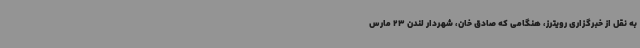
به نقل از خبرگزاری رویترز، هنگامی که صادق خان، شهردار لندن 23 مارس